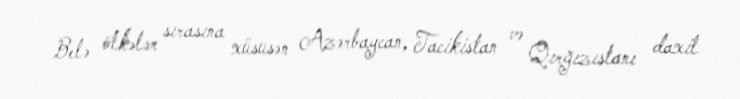
Belə ölkələr sırasına xüsusən Azərbaycan, Tacikistan və Qırğızıstanı daxil